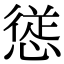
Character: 𭞁